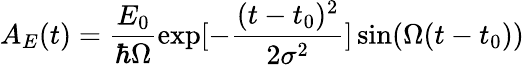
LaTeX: A_{E}(t)=\frac{E_{0}}{\hbar\Omega}\exp[-\frac{(t-t_{0})^{2}}{2\sigma^{2}}]\sin(\Omega(t-t_{0}))